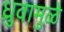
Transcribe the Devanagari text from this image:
ध्रुवामुळे